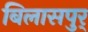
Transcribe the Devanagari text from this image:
बिलासपुर्